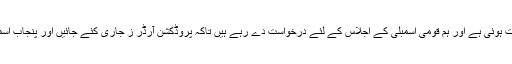
انہوں نے کہا کہ نواز شریف سے بات ہوئی ہے اور ہم قومی اسمبلی کے اجلاس کے لئے درخواست دے رہے ہیں تاکہ پروڈکشن آرڈر ز جاری کئے جائیں اور پنجاب اسمبلی میں بھی قراردا د لیکر آئیں گے۔